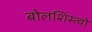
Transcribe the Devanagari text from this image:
बोलशिंस्त्वो